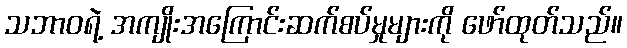
သဘာဝရဲ့ အကျိုးအကြောင်းဆက်စပ်မှုများကို ဖော်ထုတ်သည်။